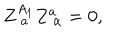
LaTeX: Z _ { \; a } ^ { A _ { 1 } } Z _ { \; \alpha } ^ { a } = 0 ,